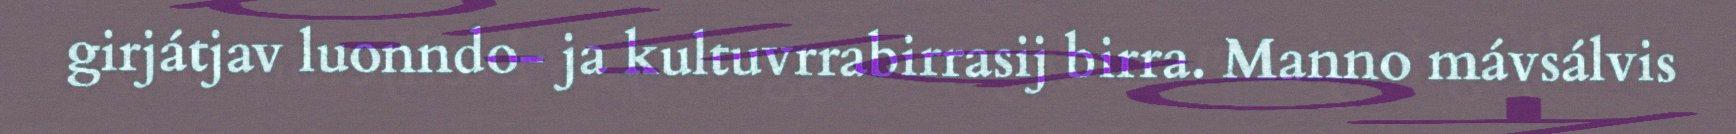
girjátjav luonndo- ja kultuvrrabirrasij birra. Manno mávsálvis